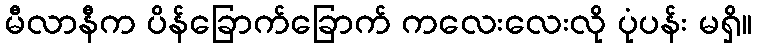
မီလာနီက ပိန်ခြောက်ခြောက် ကလေးလေးလို ပုံပန်း မရှိ။